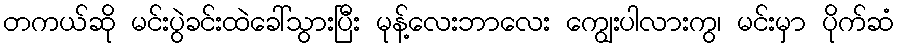
တကယ်ဆို မင်းပွဲခင်းထဲခေါ်သွားပြီး မုန့်လေးဘာလေး ကျွေးပါလားကွ၊ မင်းမှာ ပိုက်ဆံ